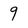
Character: 9